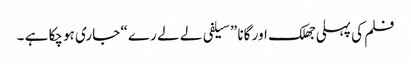
فلم کی پہلی جھلک اور گانا ” سیلفی لے لے رے “ جاری ہوچکا ہے ۔